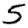
Digit: 5